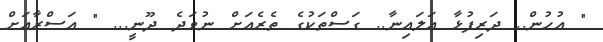
" އުހުން.. ދަރިފުޅާ އަލައިނާ.. ގަސްތަކުގެ ތެރެއަށް ނުވަދެ ދޫނީ... " އަސްރާއަށް